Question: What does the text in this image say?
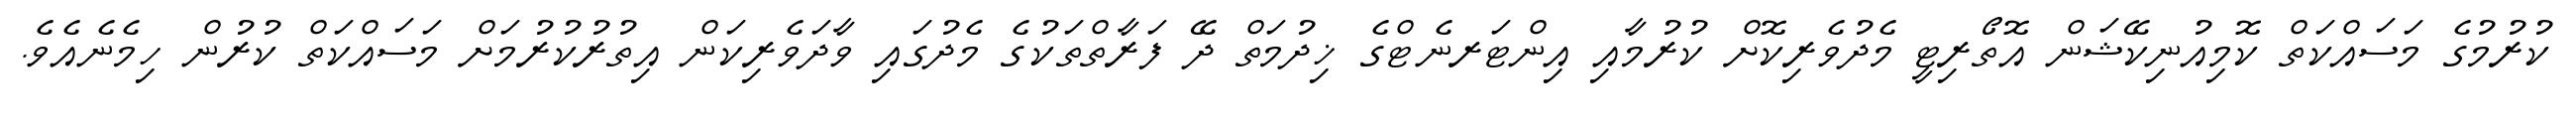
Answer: ކުރުމުގެ މަސައްކަތް ކޮމިއުނިކޭޝަން އޮތޯރިޓީ މެދުވެރިކޮށް ކުރުމާއި އިންޓަރނެޓްގެ ޚިދުމަތް ދޭ ފަރާތްތަކުގެ މެދުގައި ވާދަވެރިކަން އިތުރުކުރުމަށް މަސައްކަތް ކުރުން ހިމެނެއެވެ.